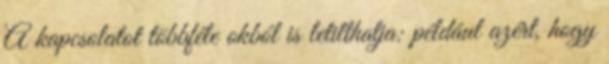
A kapcsolatot többféle okból is letilthatja: például azért, hogy